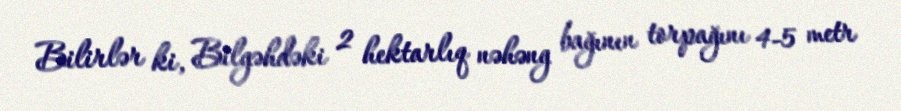
Bilirlər ki, Bilgəhdəki 2 hektarlıq nəhəng bağının torpağını 4-5 metr